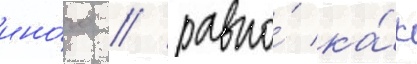
ино́го / равно́ ка́к